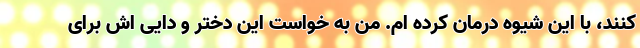
کنند، با این شیوه درمان کرده ام. من به خواست این دختر و دایی اش برای